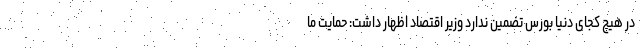
در هیچ کجای دنیا بورس تضمین ندارد وزیر اقتصاد اظهار داشت: حمایت ما